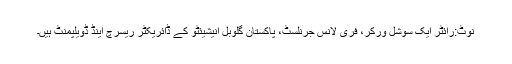
نوٹ:رائٹر ایک سوشل ورکر، فری لانس جرنلسٹ، پاکستان گلوبل انیشیئٹو کے ڈائریکٹر ریسرچ اینڈ ڈویلپمنٹ ہیں۔